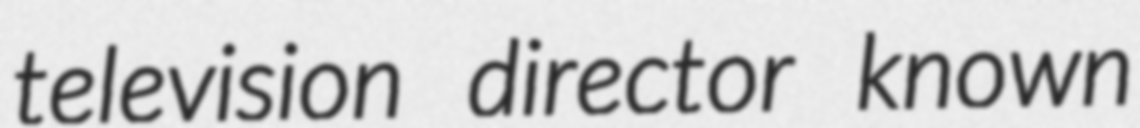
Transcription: television director known